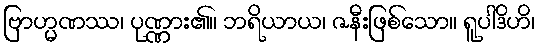
ဗြာဟ္မဏဿ၊ ပုဏ္ဏား၏။ ဘရိယာယ၊ ဇနီးဖြစ်သော။ ရူပါဒိဟိ၊